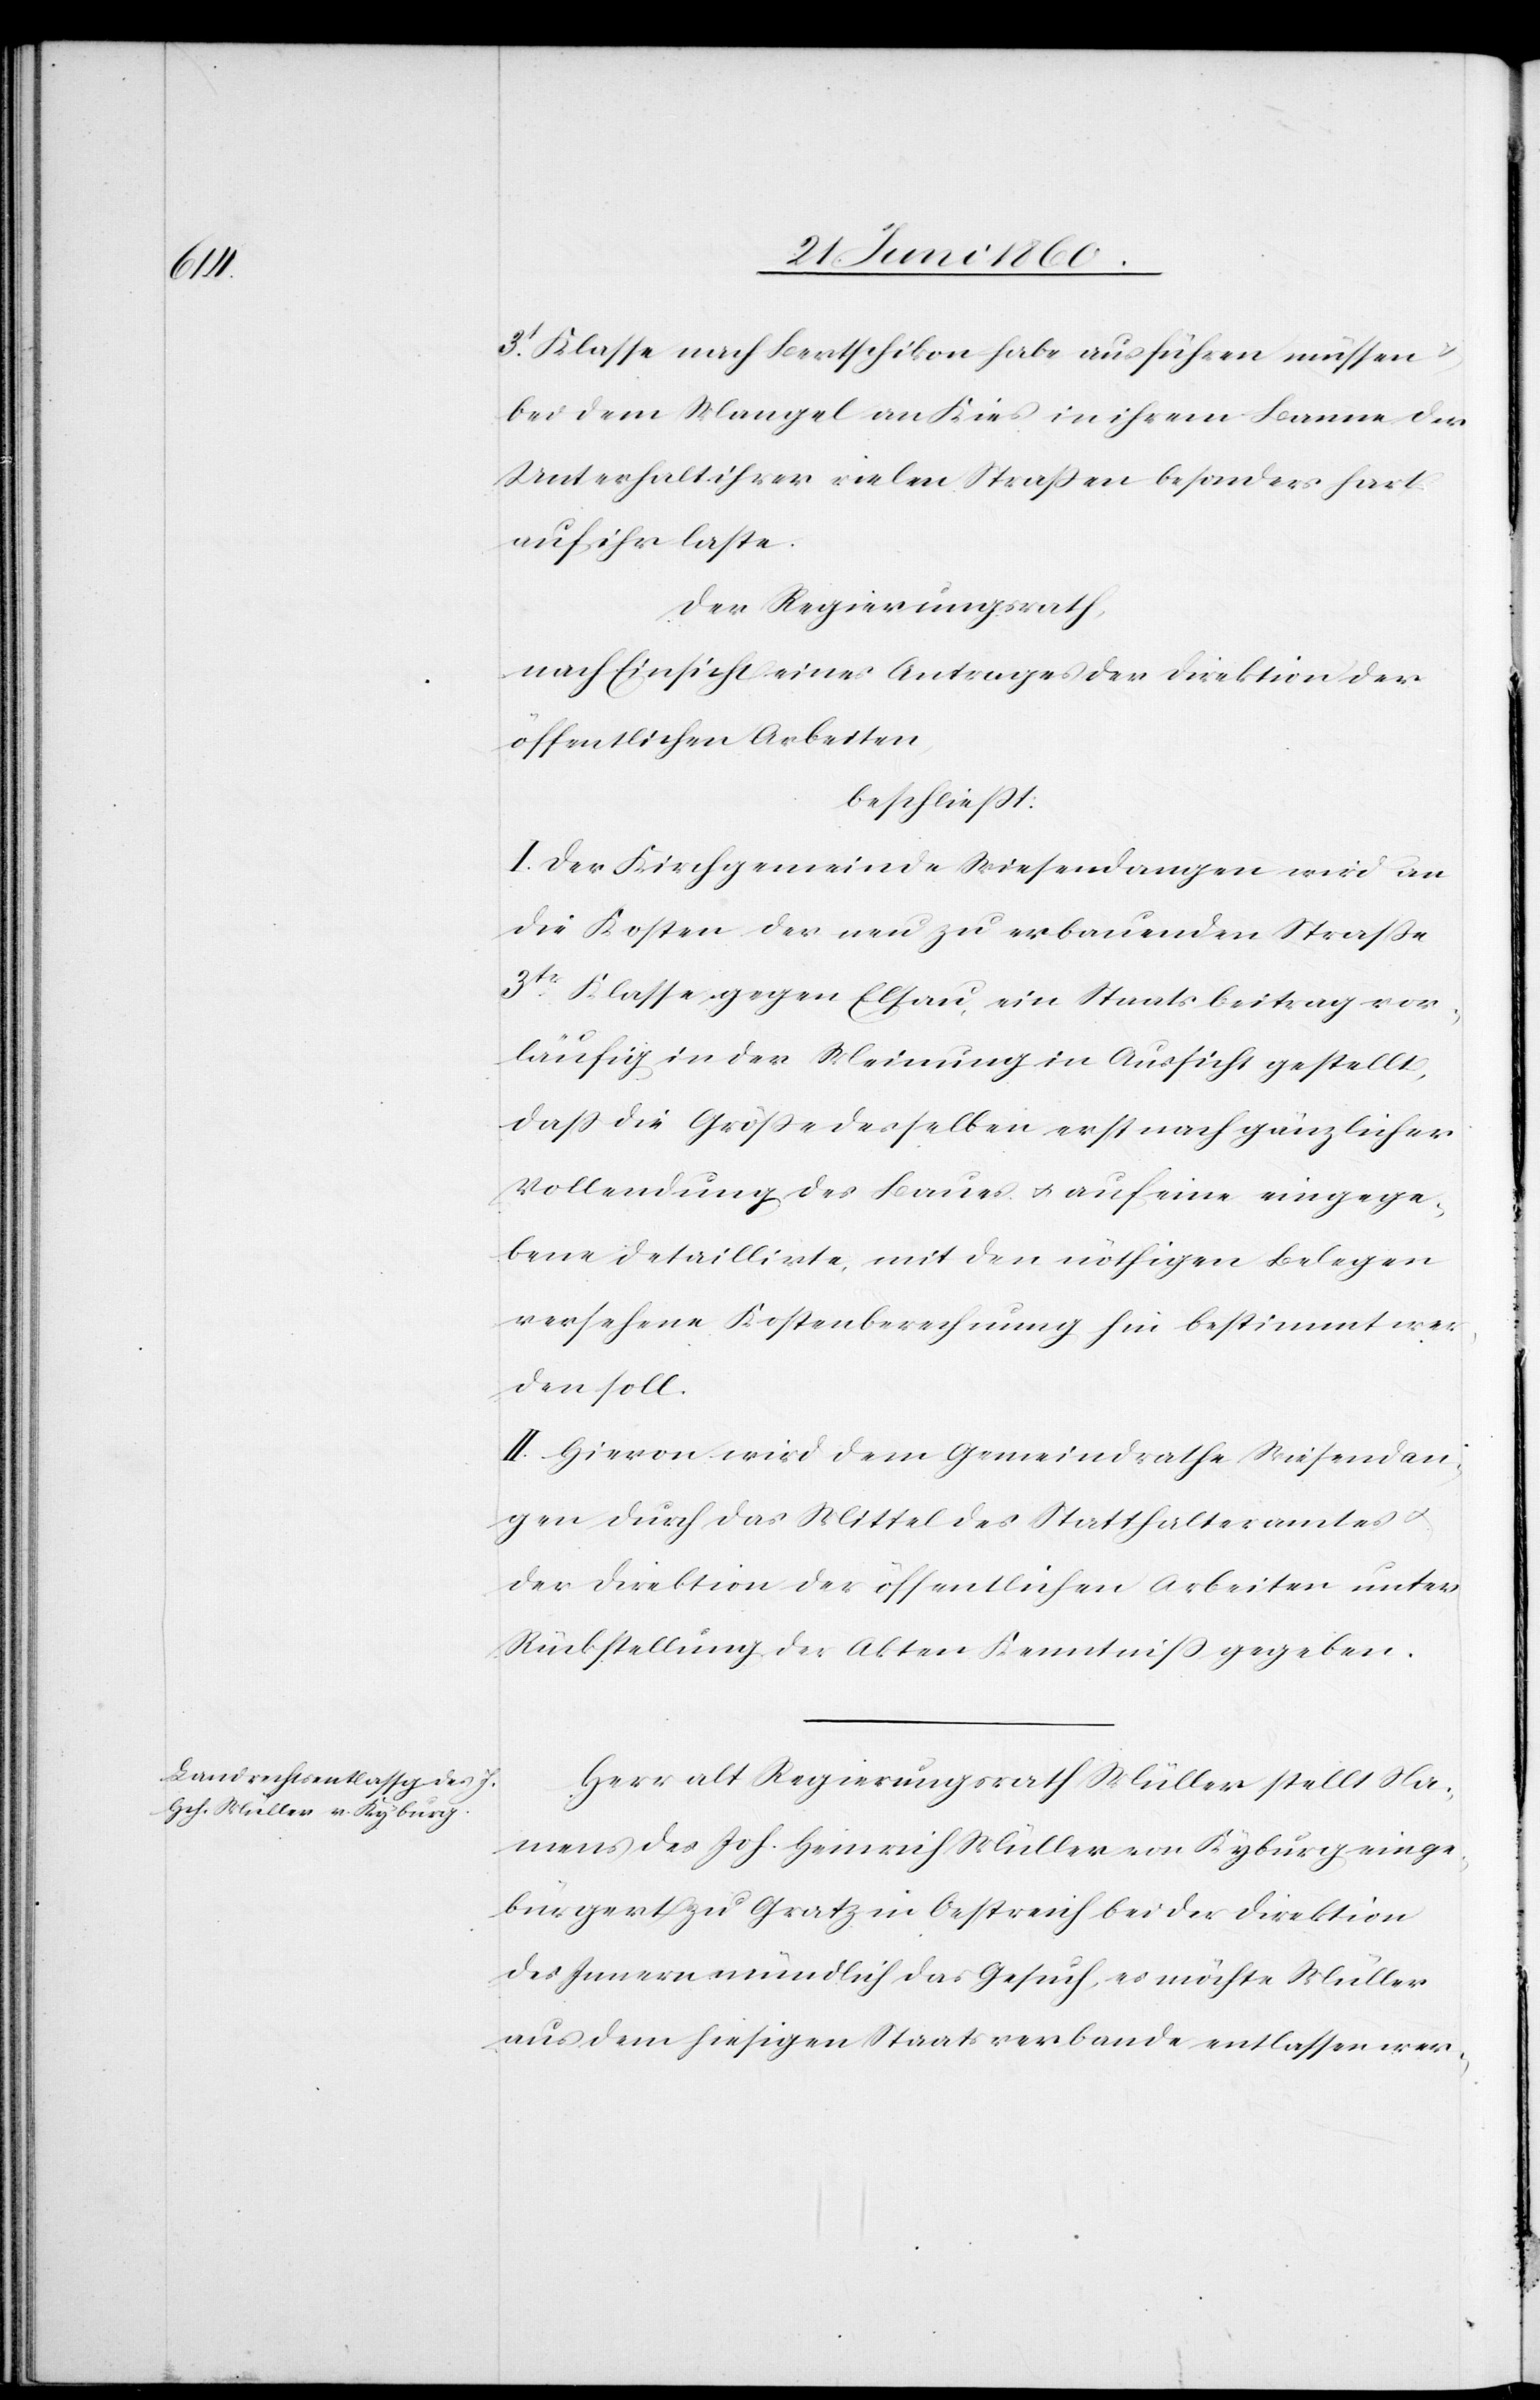
3t Klasse nach Bertschikon habe ausführen müssen
bei dem Mangel an Kies in ihrem Banne der
Unterhalt ihrer vielen Strassen besonders hart
auf ihr laste.
Der Regierungsrath,
nach Einsicht eines Antrages der Direktion der
öffentlichen Arbeiten,
beschliesst.
I. Der Kirchgemeinde Wiesendangen wird an
die Kosten der neu zu erbauenden Strasse
3tr Klasse gegen Elsau, ein Staatsbeitrag vor¬
läufig in der Meinung in Aussicht gestellt,
dass die Grösse desselben erst nach gänzlicher
Vollendung des Baues u. auf eine eingege¬
bene detaillirte, mit den nöthigen Belegen
versehene Kostenberechnung hin bestimmt wer¬
den soll.
II. Hievon wird dem Gemeindrathe Wiesendan¬
gen durch das Mittel des Statthalteramtes u.
der Direktion der öffentlichen Arbeiten unter
Rückstellung der Akten Kenntniss gegeben.
Herr alt Regierungsrath Müller stellt Na¬
mens des Joh. Heinrich Müller von Kyburg, einge¬
bürgert zu Gratz in Oestreich bei der Direktion
des Innern mündlich das Gesuch, es möchte Müller
aus dem hiesigen Staatsverbande entlassen wer-